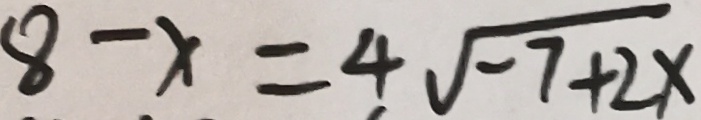
8 - x = 4 \sqrt { - 7 + 2 x }